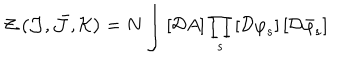
{ \cal Z } \left( { \cal J } , \bar { { \cal J } } , { \cal K } \right) = N \int \left[ { \cal D } A \right] \prod _ { s } \left[ { \cal D } { \varphi } _ { s } \right] \left[ { \cal D } { \bar { \varphi } } _ { s } \right]